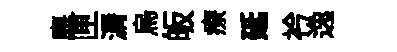
麋匣漘烏皈療延衿逸